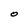
Character: O